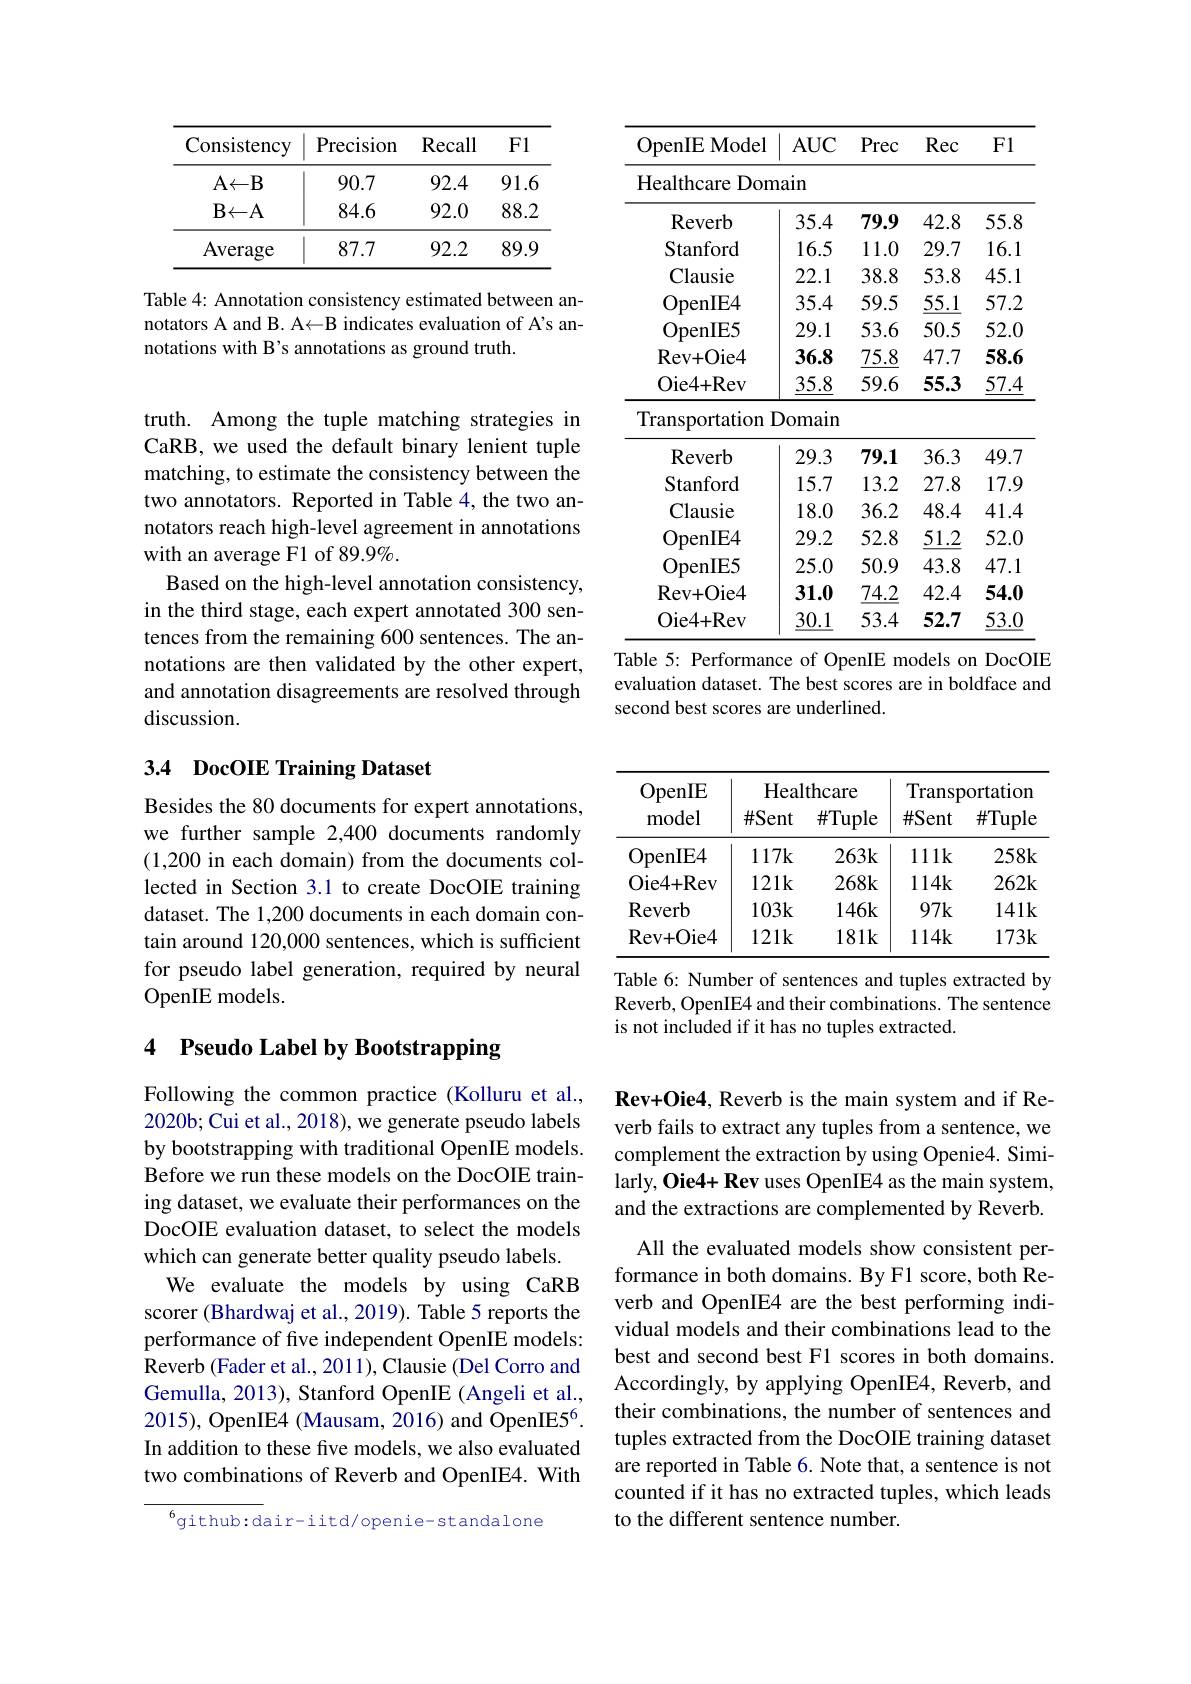
<table>
	<tbody>
		<tr>
			<th>Consistency</th>
			<th>Precision</th>
			<th>$\mathbf{Recall}$</th>
			<th>Fl</th>
		</tr>
		<tr>
			<td>$A{\leftarrow}B$</td>
			<td>90.7</td>
			<td>92.4</td>
			<td>91.6</td>
		</tr>
		<tr>
			<td>$B\leftarrow A$</td>
			<td>84.6</td>
			<td>92.0</td>
			<td>88.2</td>
		</tr>
		<tr>
			<td>Average</td>
			<td>87.7</td>
			<td>92.2</td>
			<td>89.9</td>
		</tr>
	</tbody>
</table>

Table 4: Annotation consistency estimated between annotators A and B. A< B indicates evaluation of A's annotations with B's annotations as ground truth.

truth. Among the tuple matching strategies in CaRB, we used the default binary lenient tuple matching, to estimate the consistency between the two annotators. Reported in Table 4, the two annotators reach high-level agreement in annotations with an average F1 of 89.9%.
Based on the high-level annotation consistency, in the third stage, each expert annotated 300 sentences from the remaining 600 sentences. The annotations are then validated by the other expert, and annotation disagreements are resolved through discussion.

## 3.4 DocOIE Training Dataset

Besides the 80 documents for expert annotations, we further sample 2,400 documents randomly (1,200 in each domain) from the documents collected in Section 3.1 to create DocOIE training dataset. The 1,200 documents in each domain contain around 120,000 sentences, which is sufficient for pseudo label generation, required by neural OpenIE models.

## 4 Pseudo Label by Bootstrapping

Following the common practice (Kolluru et al., 2020b; Cui et al., 2018), we generate pseudo labels by bootstrapping with traditional OpenIE models. Before we run these models on the DocOIE training dataset, we evaluate their performances on the DocOIE evaluation dataset, to select the models which can generate better quality pseudo labels.
We evaluate the models by using CaRB scorer (Bhardwaj et al., 2019). Table 5 reports the performance of five independent OpenIE models: Reverb (Fader et al., 2011), Clausie (Del Corro and Gemulla, 2013), Stanford OpenIE (Angeli et al., 2015), OpenIE4 (Mausam, 2016) and OpenIE5$^{6}.$ In addition to these five models, we also evaluated two combinations of Reverb and OpenIE4. With

$^{6}$github:dair-iitd/openie-standalone

<table>
	<tbody>
		<tr>
			<th>OpenIEModel</th>
			<th>$AUC$</th>
			<th>Prec</th>
			<th>Rec</th>
			<th>Fl</th>
		</tr>
		<tr>
			<td>Healthcare Dor</td>
			<td>$la1n$</td>
			<td> </td>
			<td> </td>
			<td> </td>
		</tr>
		<tr>
			<td>Reverb</td>
			<td>35.4</td>
			<td>79.9</td>
			<td>42.8</td>
			<td>55.8</td>
		</tr>
		<tr>
			<td>Stanford</td>
			<td>16.5</td>
			<td>11.0</td>
			<td>29.7</td>
			<td>16.1 </td>
		</tr>
		<tr>
			<td>Clausie</td>
			<td>22.1</td>
			<td>38.8</td>
			<td>53.8</td>
			<td>45.1 </td>
		</tr>
		<tr>
			<td>OpenIE4</td>
			<td>35.4</td>
			<td>59.5</td>
			<td>$\underline{55.1}$</td>
			<td>57.2</td>
		</tr>
		<tr>
			<td>OpenIE5</td>
			<td>29.1</td>
			<td>53.6</td>
			<td>50.5</td>
			<td>52.0</td>
		</tr>
		<tr>
			<td>Rev+ Oie4</td>
			<td>36.8</td>
			<td>$\underline{75.8}$</td>
			<td>47.7</td>
			<td>58.6</td>
		</tr>
		<tr>
			<td>Oie4+ Rev</td>
			<td>$\underline{35.8}$</td>
			<td>59.6</td>
			<td>55.3</td>
			<td>$\underline{57.4}$</td>
		</tr>
		<tr>
			<td>Transportation</td>
			<td>Oomain</td>
			<td> </td>
			<td> </td>
			<td> </td>
		</tr>
		<tr>
			<td>Reverb</td>
			<td>29.3</td>
			<td>79.1</td>
			<td>36.3</td>
			<td>49.7</td>
		</tr>
		<tr>
			<td>Stanford</td>
			<td>15.7</td>
			<td>13.2</td>
			<td>27.8</td>
			<td>17.9</td>
		</tr>
		<tr>
			<td>Clausie</td>
			<td>18.0</td>
			<td>36.2</td>
			<td>48.4</td>
			<td>41.4</td>
		</tr>
		<tr>
			<td>OpenIE4</td>
			<td>29.2</td>
			<td>52.8</td>
			<td>51.2</td>
			<td>52.0</td>
		</tr>
		<tr>
			<td>OpenIE5</td>
			<td>25.0</td>
			<td>50.9</td>
			<td>43.8</td>
			<td>47.1</td>
		</tr>
		<tr>
			<td>Rev+ C -0ie4</td>
			<td>31.0</td>
			<td>$\underline{74.2}$</td>
			<td>42.4</td>
			<td>54.0</td>
		</tr>
		<tr>
			<td>Oie4+ Rev</td>
			<td>30.1</td>
			<td>53.4</td>
			<td>52.7</td>
			<td>$\underline{53.0}$</td>
		</tr>
	</tbody>
</table>
Table 5: Performance of OpenIE models on DocOIE

evaluation dataset. The best scores are in boldface and
second best scores are underlined.

<table>
	<tbody>
		<tr>
			<th>OpenIE model</th>
			<th>Heal $\#Sent$</th>
			<th>thcare $\#$Tuple</th>
			<th>Transp $\#$Sent</th>
			<th>oortation $\#$Tuple</th>
		</tr>
		<tr>
			<td>OpenIE4</td>
			<td>117k</td>
			<td>$263k$</td>
			<td>$1111k$</td>
			<td>258k</td>
		</tr>
		<tr>
			<td>Oie4+ Rev</td>
			<td>$121k$</td>
			<td>268k</td>
			<td>114k</td>
			<td>262k</td>
		</tr>
		<tr>
			<td>Reverb</td>
			<td>103k</td>
			<td>$146k$</td>
			<td>$97k$</td>
			<td>$141k$</td>
		</tr>
		<tr>
			<td>$\mathbf{Rev+0}$ $\cdot$Oie4 -</td>
			<td>$121k$</td>
			<td>$181k$</td>
			<td>114k</td>
			<td>173k</td>
		</tr>
	</tbody>
</table>

Table 6: Number of sentences and tuples extracted by Reverb, OpenIE4 and their combinations. The sentence is not included if it has no tuples extracted.

Rev+Oie4, Reverb is the main system and if Reverb fails to extract any tuples from a sentence, we complement the extraction by using Openie4. Similarly, Oie4+ Rev uses OpenIE4 as the main system, and the extractions are complemented by Reverb.

All the evaluated models show consistent performance in both domains. By F1 score, both Reverb and OpenIE4 are the best performing individual models and their combinations lead to the best and second best F1 scores in both domains. Accordingly, by applying OpenIE4, Reverb, and their combinations, the number of sentences and tuples extracted from the DocOIE training dataset are reported in Table 6. Note that, a sentence is not counted if it has no extracted tuples, which leads to the different sentence number.